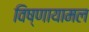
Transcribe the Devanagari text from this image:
विष्णायामल